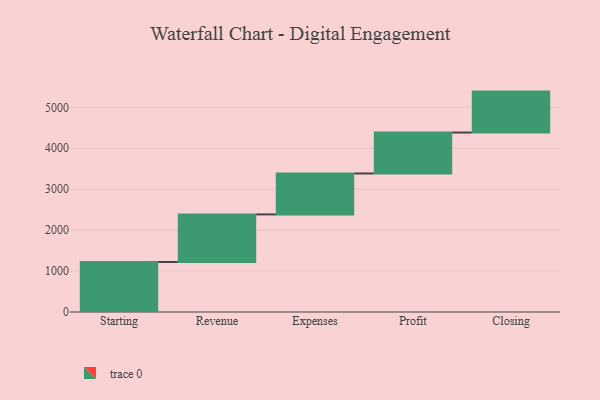
{"axis": {"x": "Step", "y": "Value"}, "legend": [""], "data": [{"x": "Starting", "y": 1222.0, "type": ""}, {"x": "Revenue", "y": 1162.0, "type": ""}, {"x": "Expenses", "y": 1000, "type": ""}, {"x": "Profit", "y": 1000, "type": ""}, {"x": "Closing", "y": 1000, "type": ""}]}